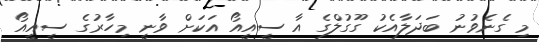
މި ގެނެވުނު ބަދަލާއެކު ގޫގުލްގެ އާ ސީއީއޯ އަކަށް ވާނީ މިހާރުގެ ސީއީއޯ